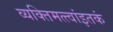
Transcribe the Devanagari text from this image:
व्यक्तिमत्त्वांइतकं